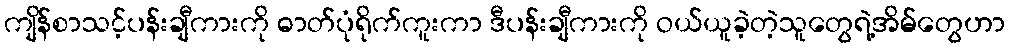
ကျိန်စာသင့်ပန်းချီကားကို ဓာတ်ပုံရိုက်ကူးကာ ဒီပန်းချီကားကို ဝယ်ယူခဲ့တဲ့သူတွေရဲ့အိမ်တွေဟာ